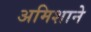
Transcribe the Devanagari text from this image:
अमिशाने